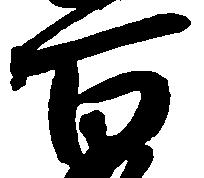
百